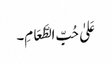
عَلیٰ حُبِّ الطَّعَامِ۔